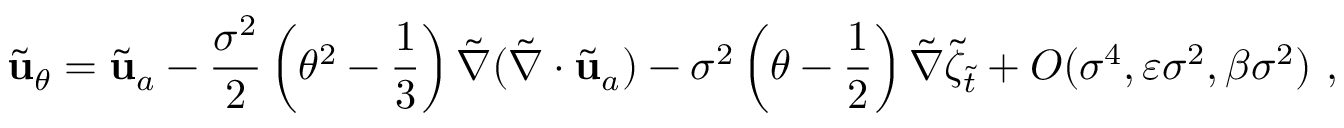
\tilde { \mathbf { u } } _ { \theta } = \tilde { \mathbf { u } } _ { a } - \frac { \sigma ^ { 2 } } { 2 } \left( \theta ^ { 2 } - \frac { 1 } { 3 } \right) \tilde { \nabla } ( \tilde { \nabla } \cdot \tilde { \mathbf { u } } _ { a } ) - \sigma ^ { 2 } \left( \theta - \frac { 1 } { 2 } \right) \tilde { \nabla } \tilde { \zeta } _ { \tilde { t } } + O ( \sigma ^ { 4 } , \varepsilon \sigma ^ { 2 } , \beta \sigma ^ { 2 } ) \ ,